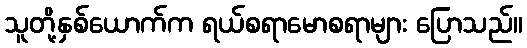
သူတို့နှစ်ယောက်က ရယ်စရာမောစရာများ ပြောသည်။